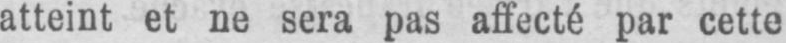
atteint et ne sera pas affecté par cette